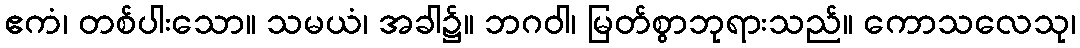
ဧကံ၊ တစ်ပါးသော။ သမယံ၊ အခါ၌။ ဘဂဝါ၊ မြတ်စွာဘုရားသည်။ ကောသလေသု၊